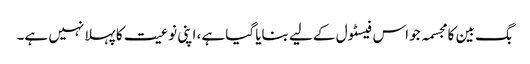
بگ بین کا مجسمہ جو اس فیسٹول کے لیے بنایا گیا ہے، اپنی نوعیت کا پہلا نہیں ہے۔